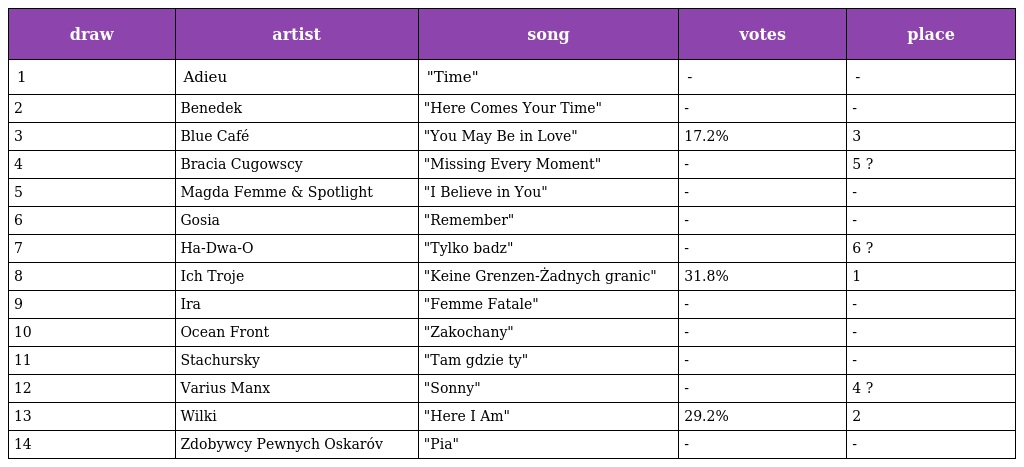
| draw | artist | song | votes | place |
 | --- | --- | --- | --- | --- |
 | 1 | Adieu | "Time" | - | - |
 | 2 | Benedek | "Here Comes Your Time" | - | - |
 | 3 | Blue Café | "You May Be in Love" | 17.2% | 3 |
 | 4 | Bracia Cugowscy | "Missing Every Moment" | - | 5 ? |
 | 5 | Magda Femme & Spotlight | "I Believe in You" | - | - |
 | 6 | Gosia | "Remember" | - | - |
 | 7 | Ha-Dwa-O | "Tylko badz" | - | 6 ? |
 | 8 | Ich Troje | "Keine Grenzen-Żadnych granic" | 31.8% | 1 |
 | 9 | Ira | "Femme Fatale" | - | - |
 | 10 | Ocean Front | "Zakochany" | - | - |
 | 11 | Stachursky | "Tam gdzie ty" | - | - |
 | 12 | Varius Manx | "Sonny" | - | 4 ? |
 | 13 | Wilki | "Here I Am" | 29.2% | 2 |
 | 14 | Zdobywcy Pewnych Oskaróv | "Pia" | - | - |